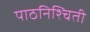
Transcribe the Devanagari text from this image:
पाठनिश्चिती